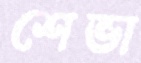
শেভা